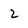
Character: 2